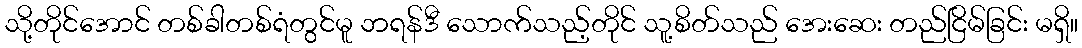
သို့တိုင်အောင် တစ်ခါတစ်ရံတွင်မူ ဘရန်ဒီ သောက်သည့်တိုင် သူ့စိတ်သည် အေးဆေး တည်ငြိမ်ခြင်း မရှိ။